Karksi_vallavalitsus, lk 143
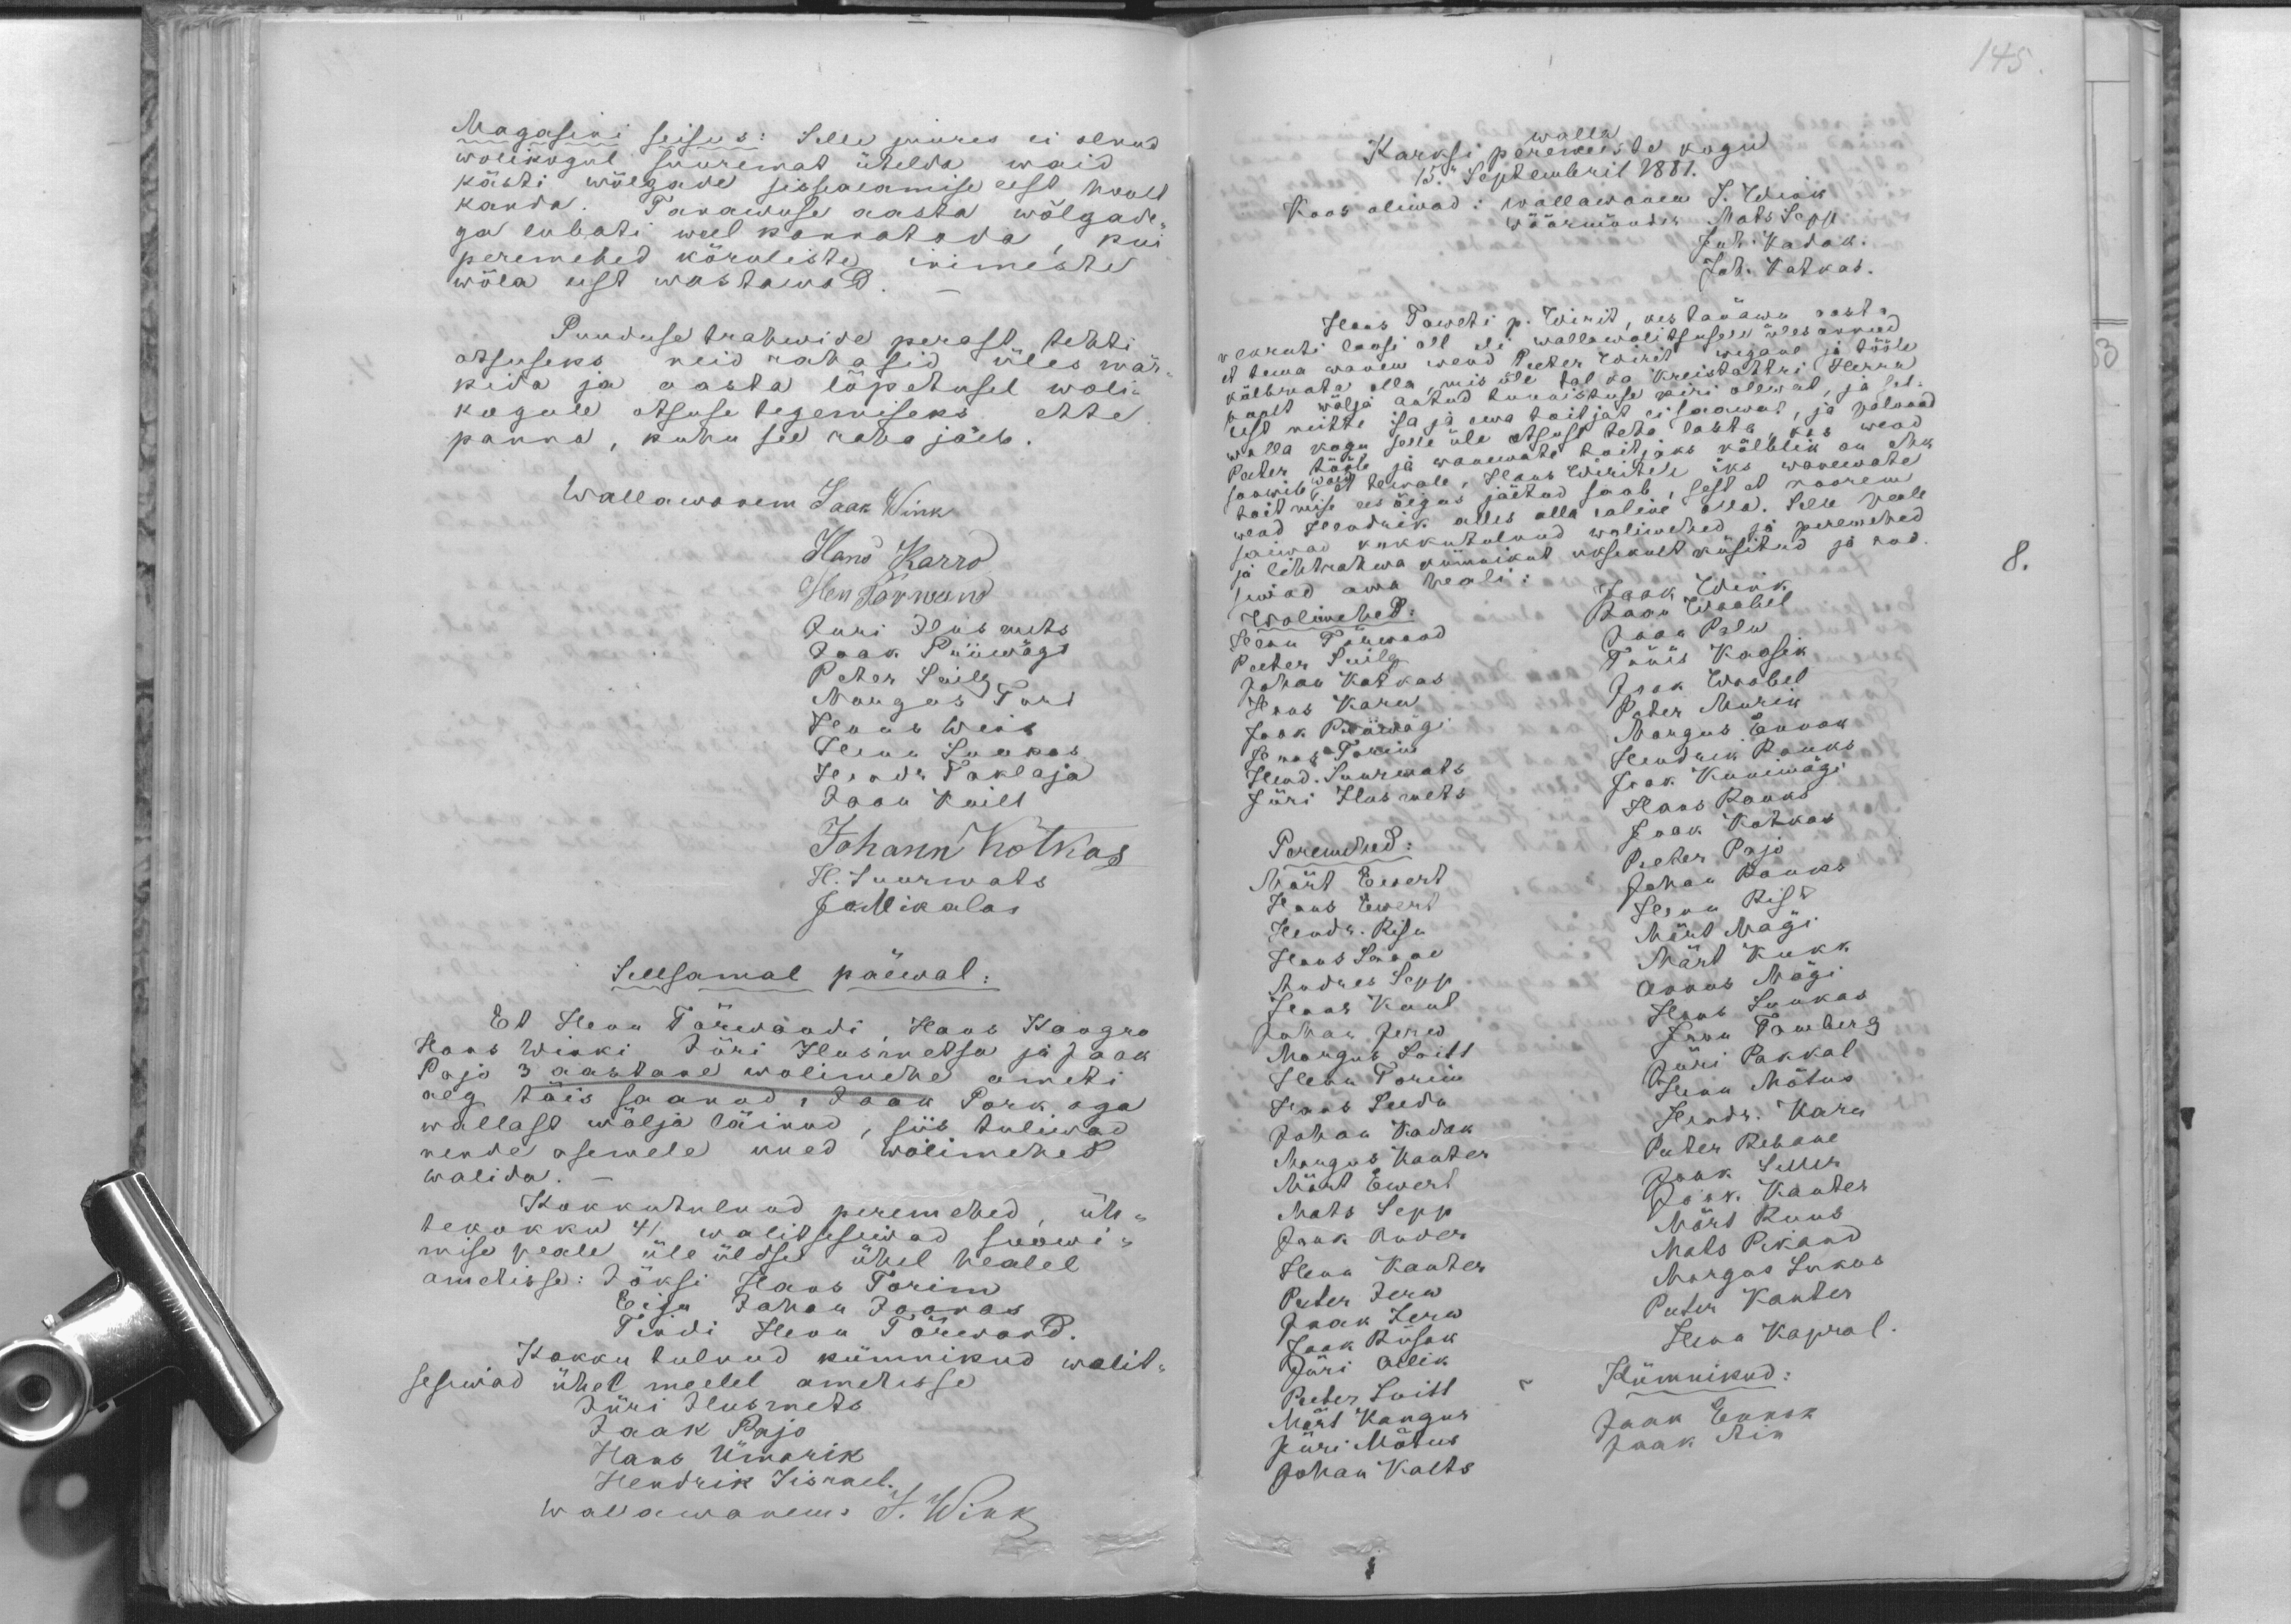
145

Magasini seisus: Selle juures ei olnud
wolikogul suuremat ütelda waid
kästi wõlgade sisseaeamise eest hoolt
kanda. Tanawuse aasta wõlgade-
ga lubati weel kannatada, kui
peremehed kõraliste inimeste
wõla eest wastawad
Puuduse trahwide perast tehti
otsuseks neid rahasid üles mär-
kida ja aasta lõpetusel woli-
kogule otsuse tegemiseks ette
panna, kuhu see raha jäeb.
Wallawanem Jaak Wink
Hans Karro
Hen Tõrwand
Juri Ilusmets
Jaak Priimägi
Peter Suilg
Margus Turi
Hans Wink
Henn Luukas
Hendr Taklaja
Jaak Kuill
Johann Kotkas
H. Suurmats
Jo.Mikalai
Sellsamal päewal:
Et Henn Tõrwandi, Hans Kangro
Hans Winki Jüri Ilusmetsa ja Jaak
Pajo 3 aastane wolimehe ameti
aeg täis saanud, Jaak Pork aga
wallast wälja läinud, siis tuliwad
nende asemele uued wolimehed
walida.
Kokkutulnud peremehed, üh-
tekokku 41 walitsesiwad soowi-
mise peale üle üldse ühel healel
ametisse: Jõksi Hans Torim
Eisu Johan Joonas
Tindi Hans Tõrwand.
Kokku tulnud kümnikud walit-
sesiwad ühel meelel ametisse
Jüri Ilusmets
Jaak Pajo
Hans Ümarik
Hendrik Iisrael.
Wallawanem: J. Wink

walla
Karksi peremeeste kogu
15." Septembril 1881.
Koos oliwad: wallawanem J. Wink
wöörmünder Mats Sepp
Juh. Kadak.
Joh. Kotkas.
Hans Taweti p. Wirit, kes tänawu aasta
nekruti loosi all oli wallawalitsusele üles annud
et tema wanem wend Peeter Wirit wigane ja tööle
kõlbmata olla, mis üle tal ka Kreistohtri Herra
poolt wälja antud lunastuse kiri olewat, ja sel-
lest mitte isa ega ema toitjat ei saawat, ja paluwad
walla kogu selle üle otsust teha lasta, kas wend
Peeter tööle ja wanemate toitjaks kõlblik on ehk
soowib wald, et temale, Hans Wiritele üks wanemate
toitmise eesõigus jäetud saab, sest et noorem
wend Hendrik alles alla ealine olla. Selle peale
saiwad kokkutulnud wolimehed ja peremehed
8.
ja lihtrahwa kümnikud uksikult küsitud ja and-
siwad oma heali:
Jaak Wink
Wolimehed:
Jaan Waabel
Jaan Palu
Henn Tõrwand
Tõnis Kaasik
Peeter Suilg
Johan Kotkas
Jaak Waabel
Hans Karu
Peter Murik
Margus Ennok
Jaak Priimägi
Hans Torim
Hendrik Rauks
Hend. Suurmats
Jaak Kunimägi
Jüri Ilusmets
Hans Rauks
Jaak Kotkas
Peremehed:
Peeter Pajo
Märt Ewert
Johan Rauks
Hans Ewert
Henn Rist
Märt Mägi
Hendr. Risu
Märt Kukk
Hans Laane
Andres Sepp
Annus Mägi
Hans Kant
Hans Luukas
Johan Jerw
Jaan Tamberg
Jüri Pakkal
Margus Loitt
Henn Torim
Henn Mõtus
Hans Leedu
Hendr. Karu
Johan Kadak
Margus Kanter
Peeter Rebane
Jaak Seller
Märt Ewert
Jaak Kanter
Mats Sepp
Märt Ruus
Jaak Ander
Mats Pikand
Henn Kanter
Margas Lukas
Peeter Jerw
Peeter Kanter
Jaak Jerw
Henn Kapral.
Jaak Rusak
Jüri Allik
Peeter Loitt
Kümnikud:
Märt Kangur
Jaak Ennok
Jüri Mõtus
Jaak Ain
Johan Kalts